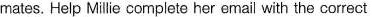
mates. Help Milie complete her email with the correct